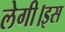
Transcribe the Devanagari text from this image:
लेगी।इस